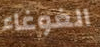
الغوغاء